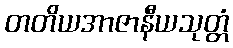
တတိယအာဇာနီယသုတ္တံ